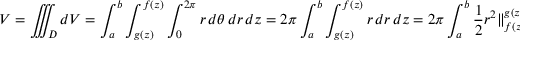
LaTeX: V = \iiint _ { D } d V = \int _ { a } ^ { b } \int _ { g ( z ) } ^ { f ( z ) } \int _ { 0 } ^ { 2 \pi } r \, d \theta \, d r \, d z = 2 \pi \int _ { a } ^ { b } \int _ { g ( z ) } ^ { f ( z ) } r \, d r \, d z = 2 \pi \int _ { a } ^ { b } { \frac { 1 } { 2 } } r ^ { 2 } \Vert _ { f ( z ) } ^ { g ( z ) } \, d z = \pi \int _ { a } ^ { b } f ( z ) ^ { 2 } - g ( z ) ^ { 2 } \, d z